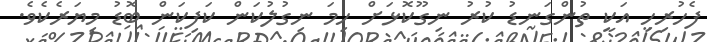
ފެހުރިހި އަކީ ތުންގަނޑު ކުރު ނިގޫކޮޅަށް ހިމަ ނިގުލުކަން ކަފިކަން ބޮޑު މިޔަރެކެވެ.